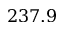
2 3 7 . 9